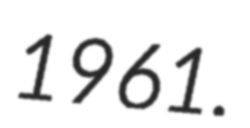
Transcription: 1961.